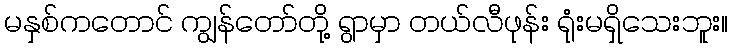
မနှစ်ကတောင် ကျွန်တော်တို့ ရွာမှာ တယ်လီဖုန်း ရုံးမရှိသေးဘူး။